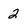
Character: 2